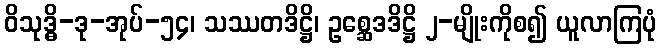
ဝိသုဒ္ဓိ-ဒု-အုပ်-၅၄၊ သဿတဒိဋ္ဌိ၊ ဥစ္ဆေဒဒိဋ္ဌိ ၂-မျိုးကိုစ၍ ယူလာကြပုံ